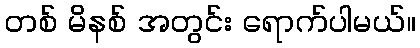
တစ် မိနစ် အတွင်း ရောက်ပါမယ်။